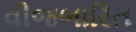
વીજભારિત